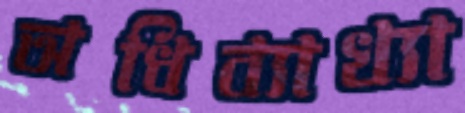
অধিব্যাখ্যা